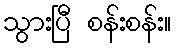
သွားပြီ စန်းစန်း။